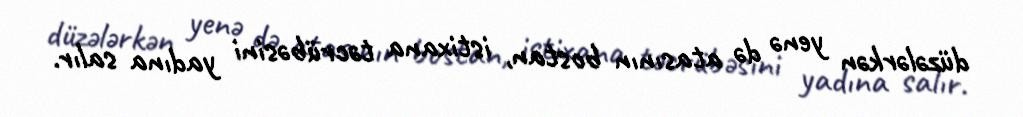
düzələrkən yenə də atasının bostan, istixana təcrübəsini yadına salır.